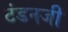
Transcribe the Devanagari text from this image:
टंडनजी